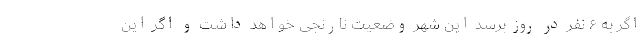
اگر به ۶ نفر در روز برسد این شهر وضعیت نارنجی خواهد داشت و اگر این